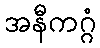
အနီကဂ္ဂံ